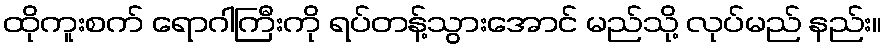
ထိုကူးစက် ရောဂါကြီးကို ရပ်တန့်သွားအောင် မည်သို့ လုပ်မည် နည်း။